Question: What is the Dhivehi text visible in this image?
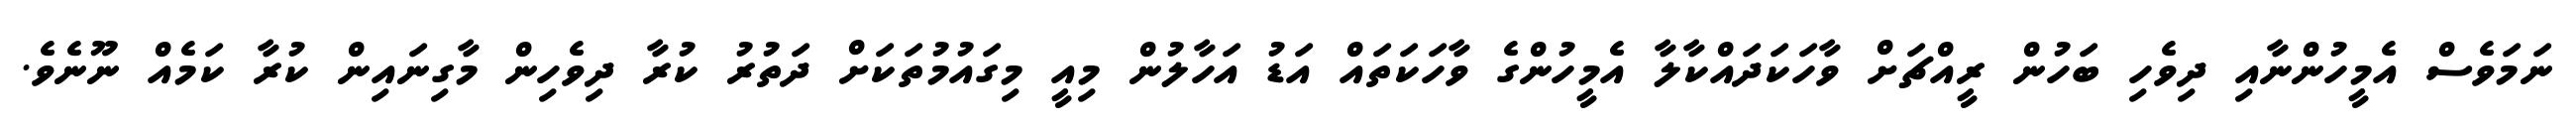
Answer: ނަމަވެސް އެމީހުންނާއި ދިވެހި ބަހުން ރީއްޗަށް ވާހަކަދައްކާލާ އެމީހުންގެ ވާހަކަތައް އަޑު އަހާލުން މިއީ މިގައުމުތަކަށް ދަތުރު ކުރާ ދިވެހިން މާގިނައިން ކުރާ ކަމެއް ނޫނެވެ.